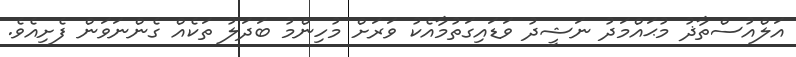
އަލްއުސްތާޛު މުޙައްމަދު ނަޝީދު ވަޑައިގަތުމާއެކު ވަރަށް މުހިންމު ބަދަލު ތަކެއް ގެންނަވަން ފެށިއެވެ.